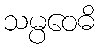
သမ္ပဝေဓိ